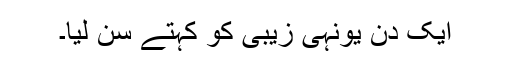
ایک دن یونہی زیبی کو کہتے سن لیا۔